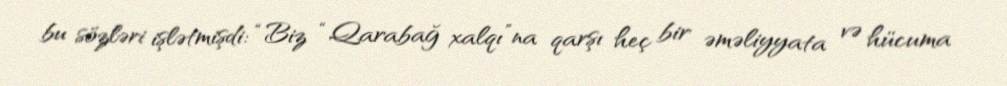
bu sözləri işlətmişdi: “Biz “Qarabağ xalqı”na qarşı heç bir əməliyyata və hücuma